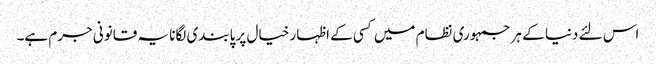
اس لئے دنیا کے ہر جمہوری نظام میں کسی کے اظہار خیال پر پابندی لگانا یہ قانونی جرم ہے۔